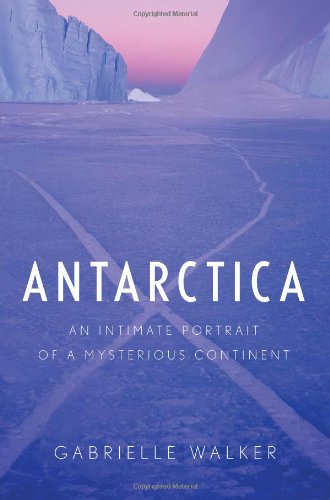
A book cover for Antarctica: An Intimate Portrait of a Mysterious Continent; Gabrielle Walker; Science & Math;